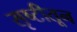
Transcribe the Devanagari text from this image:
सृष्टीतून